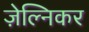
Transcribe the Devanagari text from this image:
ज़ेल्निकर